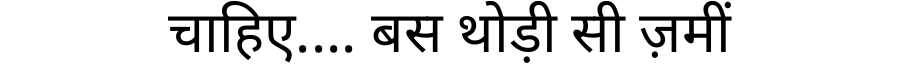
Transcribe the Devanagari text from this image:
चाहिए.... बस थोड़ी सी ज़मीं